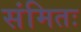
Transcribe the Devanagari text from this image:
संमितः